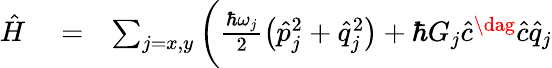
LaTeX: \begin{array}{rlr}{\hat{H}}&{{}=}&{\sum_{j=x,y}\bigg(\frac{\hbar\omega_{j}}{2}\big(\hat{p}_{j}^{2}+\hat{q}_{j}^{2}\big)+\hbar G_{j}\hat{c}^{\dag}\hat{c}\hat{q}_{j}}\end{array}